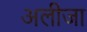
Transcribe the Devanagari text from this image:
अलीजा